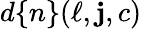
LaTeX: d\{ n\} (\ell,\mathbf{j},c)